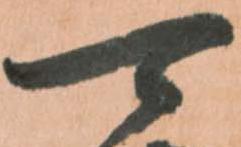
可